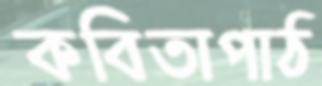
কবিতাপাঠ